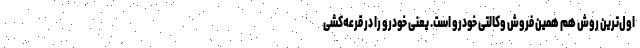
اول‌ترین روش هم همین فروش وکالتی خودرو است. یعنی خودرو را در قرعه‌کشی